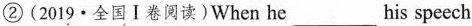
②(2019·全国Ⅰ卷阅读)When he___his speech